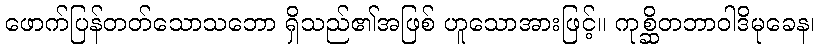
ဖောက်ပြန်တတ်သောသဘော ရှိသည်၏အဖြစ် ဟူသောအားဖြင့်။ ကုစ္ဆိတဘာဝါဒိမုခေန၊